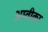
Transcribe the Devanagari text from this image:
अम्वीका